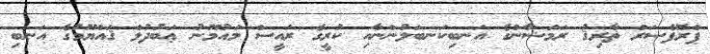
ޕްރޮފެސަރް ޡާރިޤު ރަމަޟާންގެ އަނބިކަނބަލުންނާއި ކުރީގެ ރައީސް މައުމޫނު ޢަބުދުލް ޤައްޔޫމުގެ އަނބި